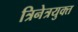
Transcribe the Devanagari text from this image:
त्रिनेत्रयुक्त